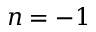
n = - 1